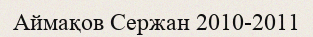
Аймақов Сержан 2010-2011